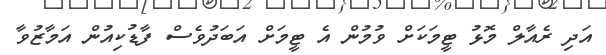
އަދި ރެއާލް މޮޅު ޓީމަކަށް ވުމުން އެ ޓީމަށް އަބަދުވެސް ފާޑުކިއުން އަމާޒުވާ